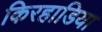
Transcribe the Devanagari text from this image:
किरहाडिया